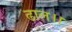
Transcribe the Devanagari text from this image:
ढाल।।